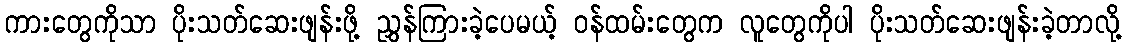
ကားတွေကိုသာ ပိုးသတ်ဆေးဖျန်းဖို့ ညွှန်ကြားခဲ့ပေမယ့် ဝန်ထမ်းတွေက လူတွေကိုပါ ပိုးသတ်ဆေးဖျန်းခဲ့တာလို့